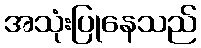
အသုံးပြုနေသည်